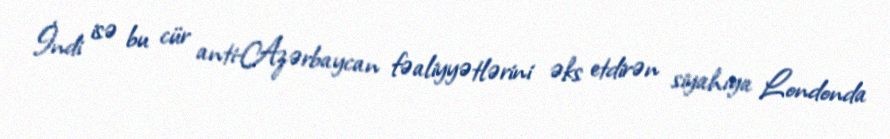
İndi isə bu cür anti-Azərbaycan fəaliyyətlərini əks etdirən siyahıya Londonda